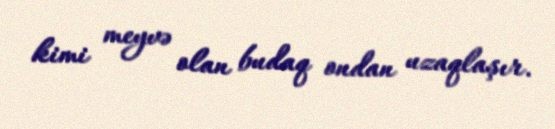
kimi meyvə olan budaq ondan uzaqlaşır.